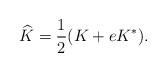
LaTeX: \begin{align*}\widehat{K}=\frac{1}{2}(K+eK^*).\end{align*}